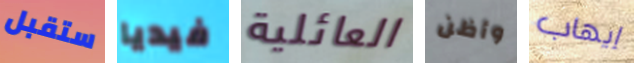
ستقبل فيديا العائلية وأظن إيهاب